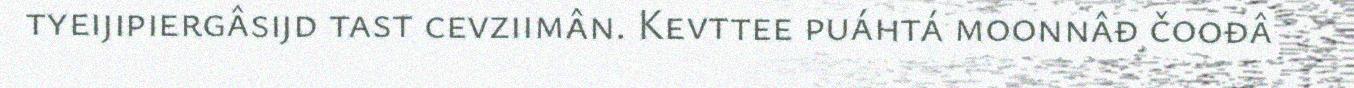
tyeijipiergâsijd tast cevziimân. Kevttee puáhtá moonnâđ čoođâ